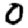
Digit: 0